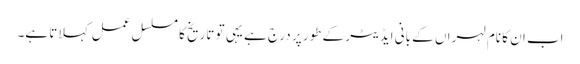
اب ان کا نام لہراں کے بانی ایڈیٹر کے طور پر درج ہے یہی تو تاریخ کا مسلسل عمل کہلاتا ہے۔